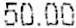
50.00